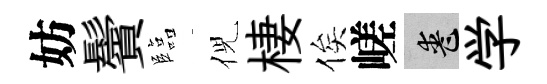
妨鬢臨倪棲俟嵯喪学